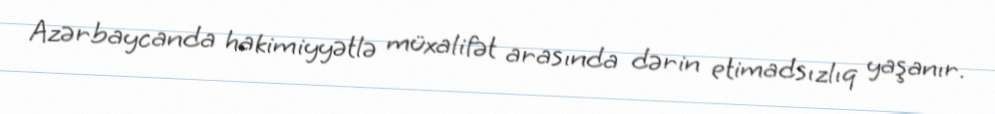
Azərbaycanda hakimiyyətlə müxalifət arasında dərin etimadsızlıq yaşanır.